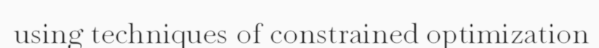
using techniques of constrained optimization